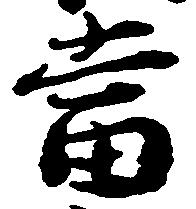
当